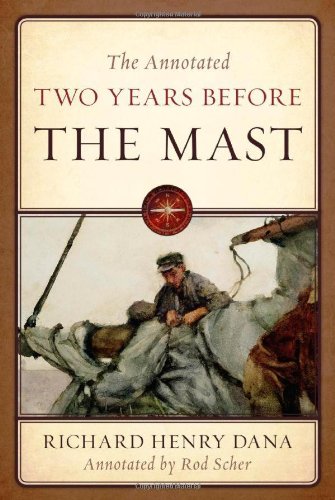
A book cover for The Annotated Two Years Before the Mast; Richard Henry Dana; Literature & Fiction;